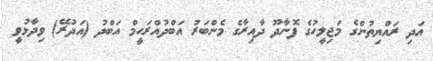
އަދި ރައްޔިތުންގެ މަޖިލީހުގެ ފޮނާދޫ ދާއިރާގެ މެންބަރު އަބްދުއްރަޙީމް އަބްދު (އަދުރޭ) ވިދާޅުވީ